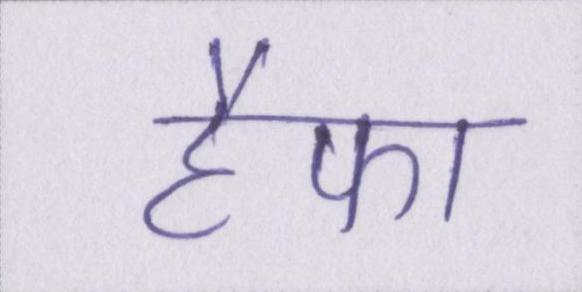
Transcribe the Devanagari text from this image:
हैफा